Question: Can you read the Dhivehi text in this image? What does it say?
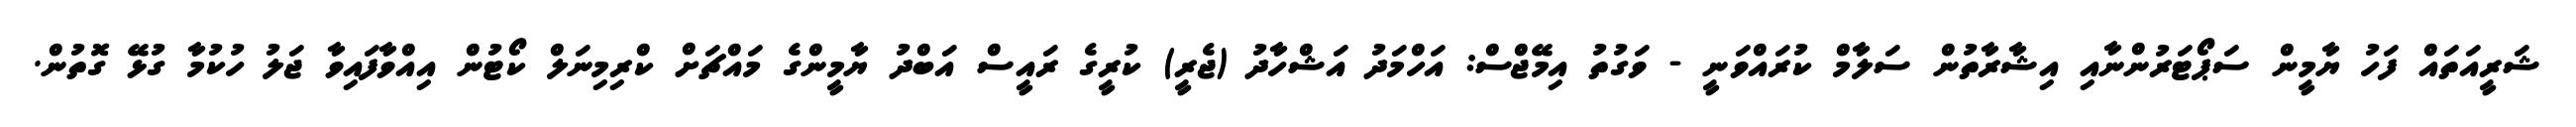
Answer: ޝަރީއަތައް ފަހު ޔާމީން ސަޕޯޓަރުންނާއި އިޝާރާތުން ސަލާމް ކުރައްވަނީ - ވަގުތު އިމޭޖްސް: އަހްމަދު އަޝްހާދު (ޖެރީ) ކުރީގެ ރައީސް އަބްދު ޔާމީންގެ މައްޗަށް ކްރިމިނަލް ކޯޓުން އިއްވާފައިވާ ޖަލު ހުކުމާ ގުޅޭ ގޮތުން.